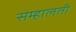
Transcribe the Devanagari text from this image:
सम्हालती